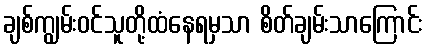
ချစ်ကျွမ်းဝင်သူတို့ထံနေရမှသာ စိတ်ချမ်းသာကြောင်း